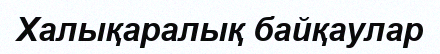
Халықаралық байқаулар